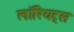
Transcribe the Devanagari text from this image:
लॉरियट्स